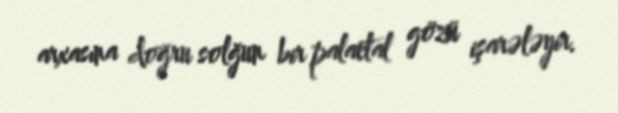
arxasına doğru solğun bir palaetal gözü işarələyir.